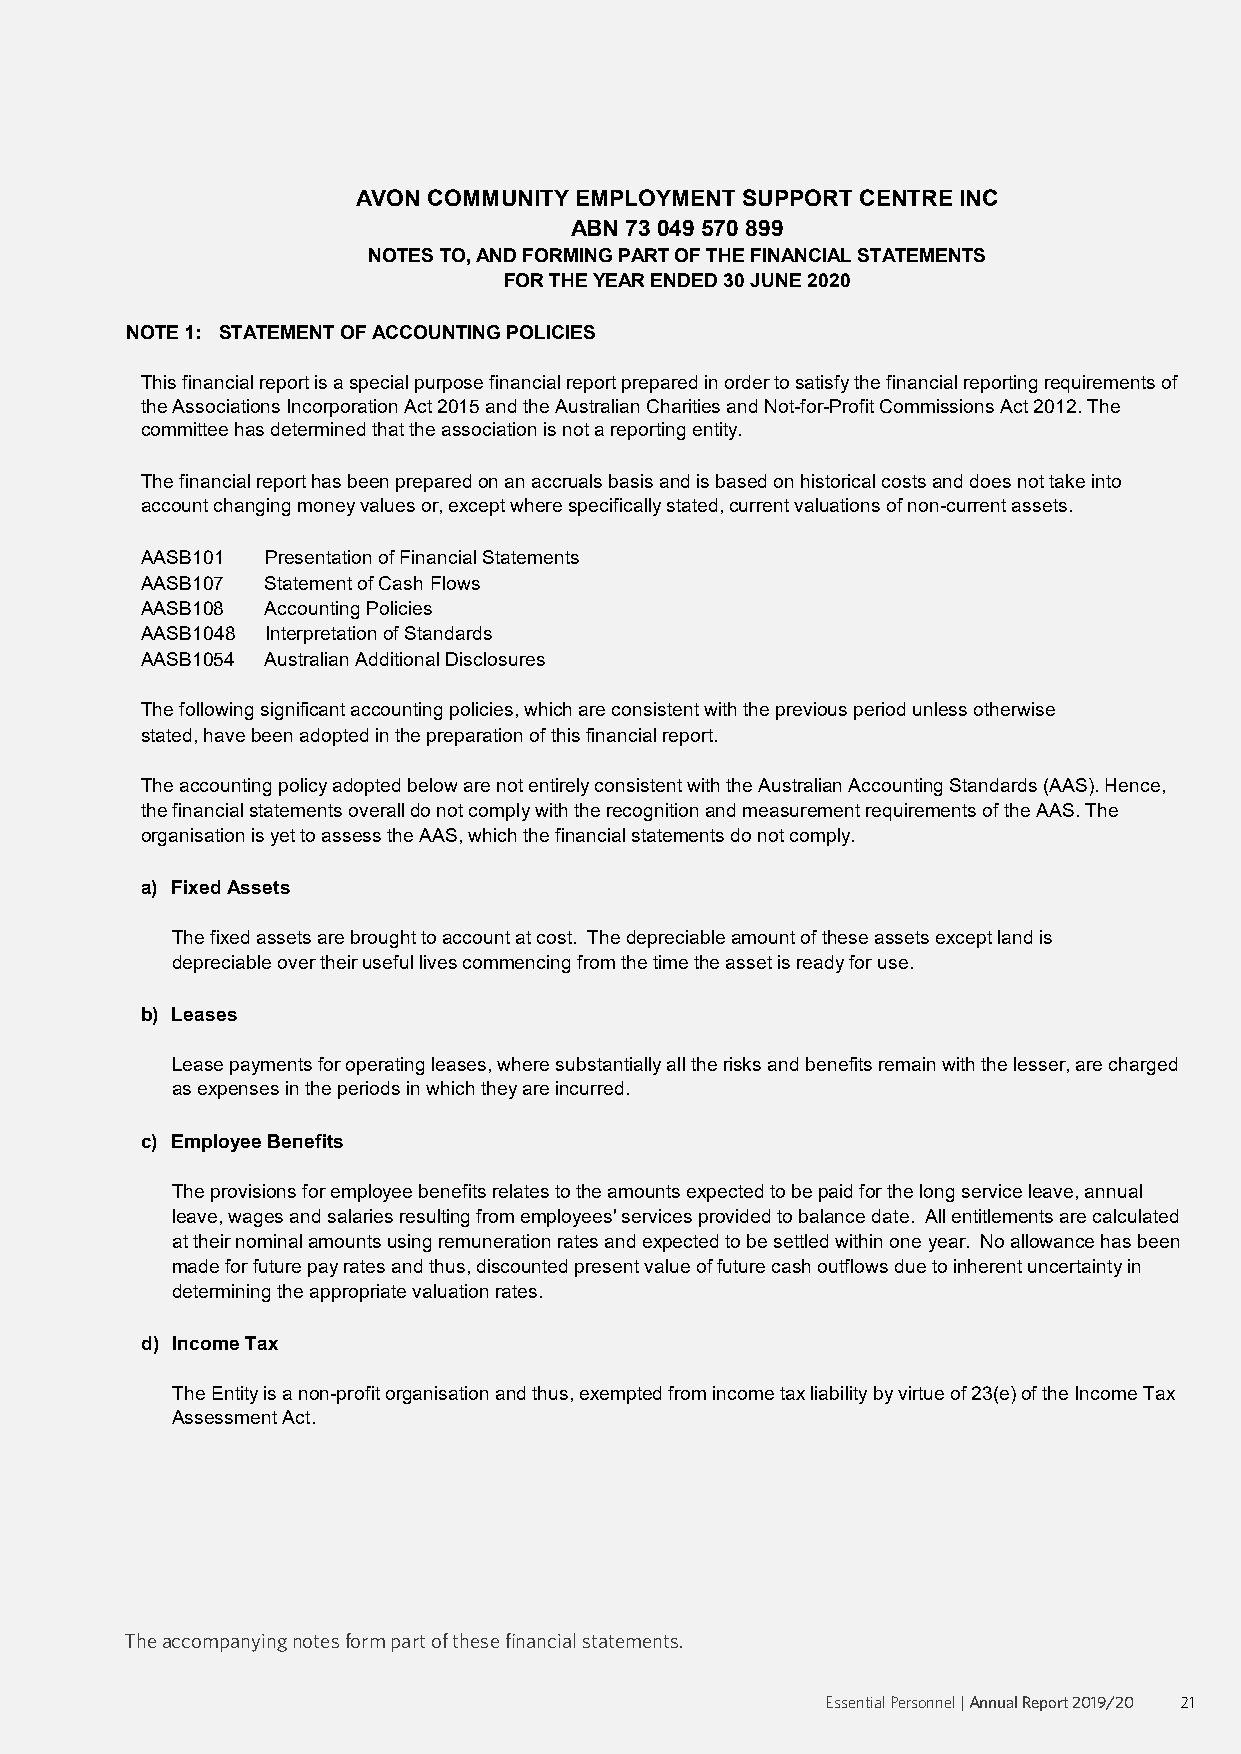
AVON COMMUNITY EMPLOYMENT SUPPORT CENTRE INC
 ABN 73 049 570 899
 NOTES TO, AND FORMING PART OF THE FINANCIAL STATEMENTS
 FOR THE YEAR ENDED 30 JUNE 2020
 NOTE 1: STATEMENT OF ACCOUNTING POLICIES
 This financial report is a special purpose financial report prepared in order to satisfy the financial reporting requirements of
 the Associations Incorporation Act 2015 and the Australian Charities and Not-for-Profit Commissions Act 2012. The
 committee has determined that the association is not a reporting entity.
 The financial report has been prepared on an accruals basis and is based on historical costs and does not take into
 account changing money values or, except where specifically stated, current valuations of non-current assets.
 AASB101  Presentation of Financial Statements
 AASB107  Statement of Cash Flows
 AASB108  Accounting Policies
 AASB1048 Interpretation of Standards
 AASB1054 Australian Additional Disclosures
 The following significant accounting policies, which are consistent with the previous period unless otherwise
 stated, have been adopted in the preparation of this financial report.
 The accounting policy adopted below are not entirely consistent with the Australian Accounting Standards (AAS). Hence,
 the financial statements overall do not comply with the recognition and measurement requirements of the AAS. The
 organisation is yet to assess the AAS, which the financial statements do not comply.
 a) Fixed Assets
 The fixed assets are brought to account at cost. The depreciable amount of these assets except land is
 depreciable over their useful lives commencing from the time the asset is ready for use.
 b) Leases
 Lease payments for operating leases, where substantially all the risks and benefits remain with the lesser, are charged
 as expenses in the periods in which they are incurred.
 c) Employee Benefits
 The provisions for employee benefits relates to the amounts expected to be paid for the long service leave, annual
 leave, wages and salaries resulting from employees' services provided to balance date. All entitlements are calculated
 at their nominal amounts using remuneration rates and expected to be settled within one year. No allowance has been
 made for future pay rates and thus, discounted present value of future cash outflows due to inherent uncertainty in
 determining the appropriate valuation rates.
 d) Income Tax
 The Entity is a non-profit organisation and thus, exempted from income tax liability by virtue of 23(e) of the Income Tax
 Assessment Act.
 e) Goods and Services Tax (GST)
 Revenues, expenses and assets are recognised net of the amount of GST, except where the amount of GST incurred
 is not recoverable from the Australian Taxation Office. In these circumstances, the GST is recognised as part of the
 cost of acquisition of the assets or as part of an item of the expenses. Accordingly, receivables and payables in the
 Statement of Financial Position are shown inclusive of GST.
 The.accompanying.notes.form.part.of.these.financial.statements.
 Essential Personnel | Annual Report 2019/20 21
 The accompanying notes form part of these financial statements